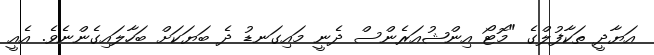
އަޔާދީ ތަކާފުލްގެ "މޮޓޯ އިންޝުއަރެންސް ދެނީ މައިގަނޑު ދެ ބަޔަކަށް ބަހާލައިގެންނެވެ. އެއީ